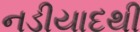
નડીયાદથી